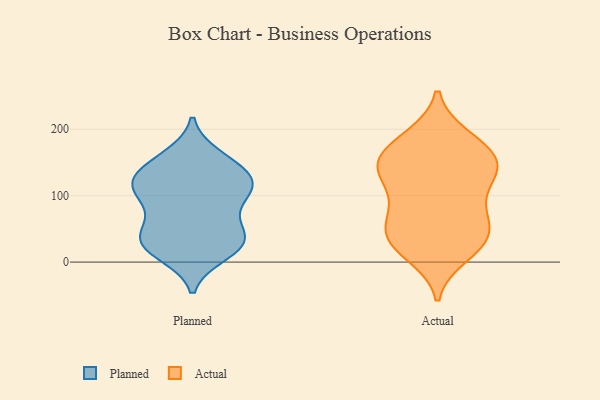
{"axis": {"x": "Conversion Rate (%)", "y": "Value"}, "legend": ["Actual", "Planned"], "data": [{"x": "", "y": 106, "type": "Planned"}, {"x": "", "y": 43, "type": "Planned"}, {"x": "", "y": 129, "type": "Planned"}, {"x": "", "y": 59, "type": "Planned"}, {"x": "", "y": 114, "type": "Planned"}, {"x": "", "y": 40, "type": "Planned"}, {"x": "", "y": 152, "type": "Planned"}, {"x": "", "y": 25, "type": "Planned"}, {"x": "", "y": 19, "type": "Planned"}, {"x": "", "y": 100, "type": "Planned"}, {"x": "", "y": 26, "type": "Planned"}, {"x": "", "y": 122, "type": "Planned"}, {"x": "", "y": 147, "type": "Planned"}, {"x": "", "y": 118, "type": "Planned"}, {"x": "", "y": 81, "type": "Planned"}, {"x": "", "y": 12, "type": "Planned"}, {"x": "", "y": 35, "type": "Planned"}, {"x": "", "y": 159, "type": "Planned"}, {"x": "", "y": 113, "type": "Planned"}, {"x": "", "y": 28, "type": "Actual"}, {"x": "", "y": 137, "type": "Actual"}, {"x": "", "y": 138, "type": "Actual"}, {"x": "", "y": 105, "type": "Actual"}, {"x": "", "y": 186, "type": "Actual"}, {"x": "", "y": 188, "type": "Actual"}, {"x": "", "y": 74, "type": "Actual"}, {"x": "", "y": 140, "type": "Actual"}, {"x": "", "y": 158, "type": "Actual"}, {"x": "", "y": 150, "type": "Actual"}, {"x": "", "y": 72, "type": "Actual"}, {"x": "", "y": 26, "type": "Actual"}, {"x": "", "y": 36, "type": "Actual"}, {"x": "", "y": 11, "type": "Actual"}, {"x": "", "y": 149, "type": "Actual"}, {"x": "", "y": 29, "type": "Actual"}, {"x": "", "y": 122, "type": "Actual"}, {"x": "", "y": 174, "type": "Actual"}, {"x": "", "y": 55, "type": "Actual"}, {"x": "", "y": 64, "type": "Actual"}]}